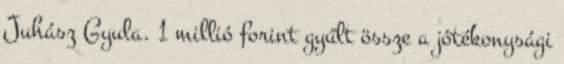
Juhász Gyula. 1 millió forint gyűlt össze a jótékonysági